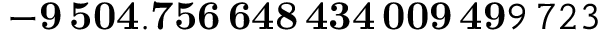
\mathbf { - 9 \, 5 0 4 . 7 5 6 \, 6 4 8 \, 4 3 4 \, 0 0 9 \, 4 9 } 9 \, 7 2 3